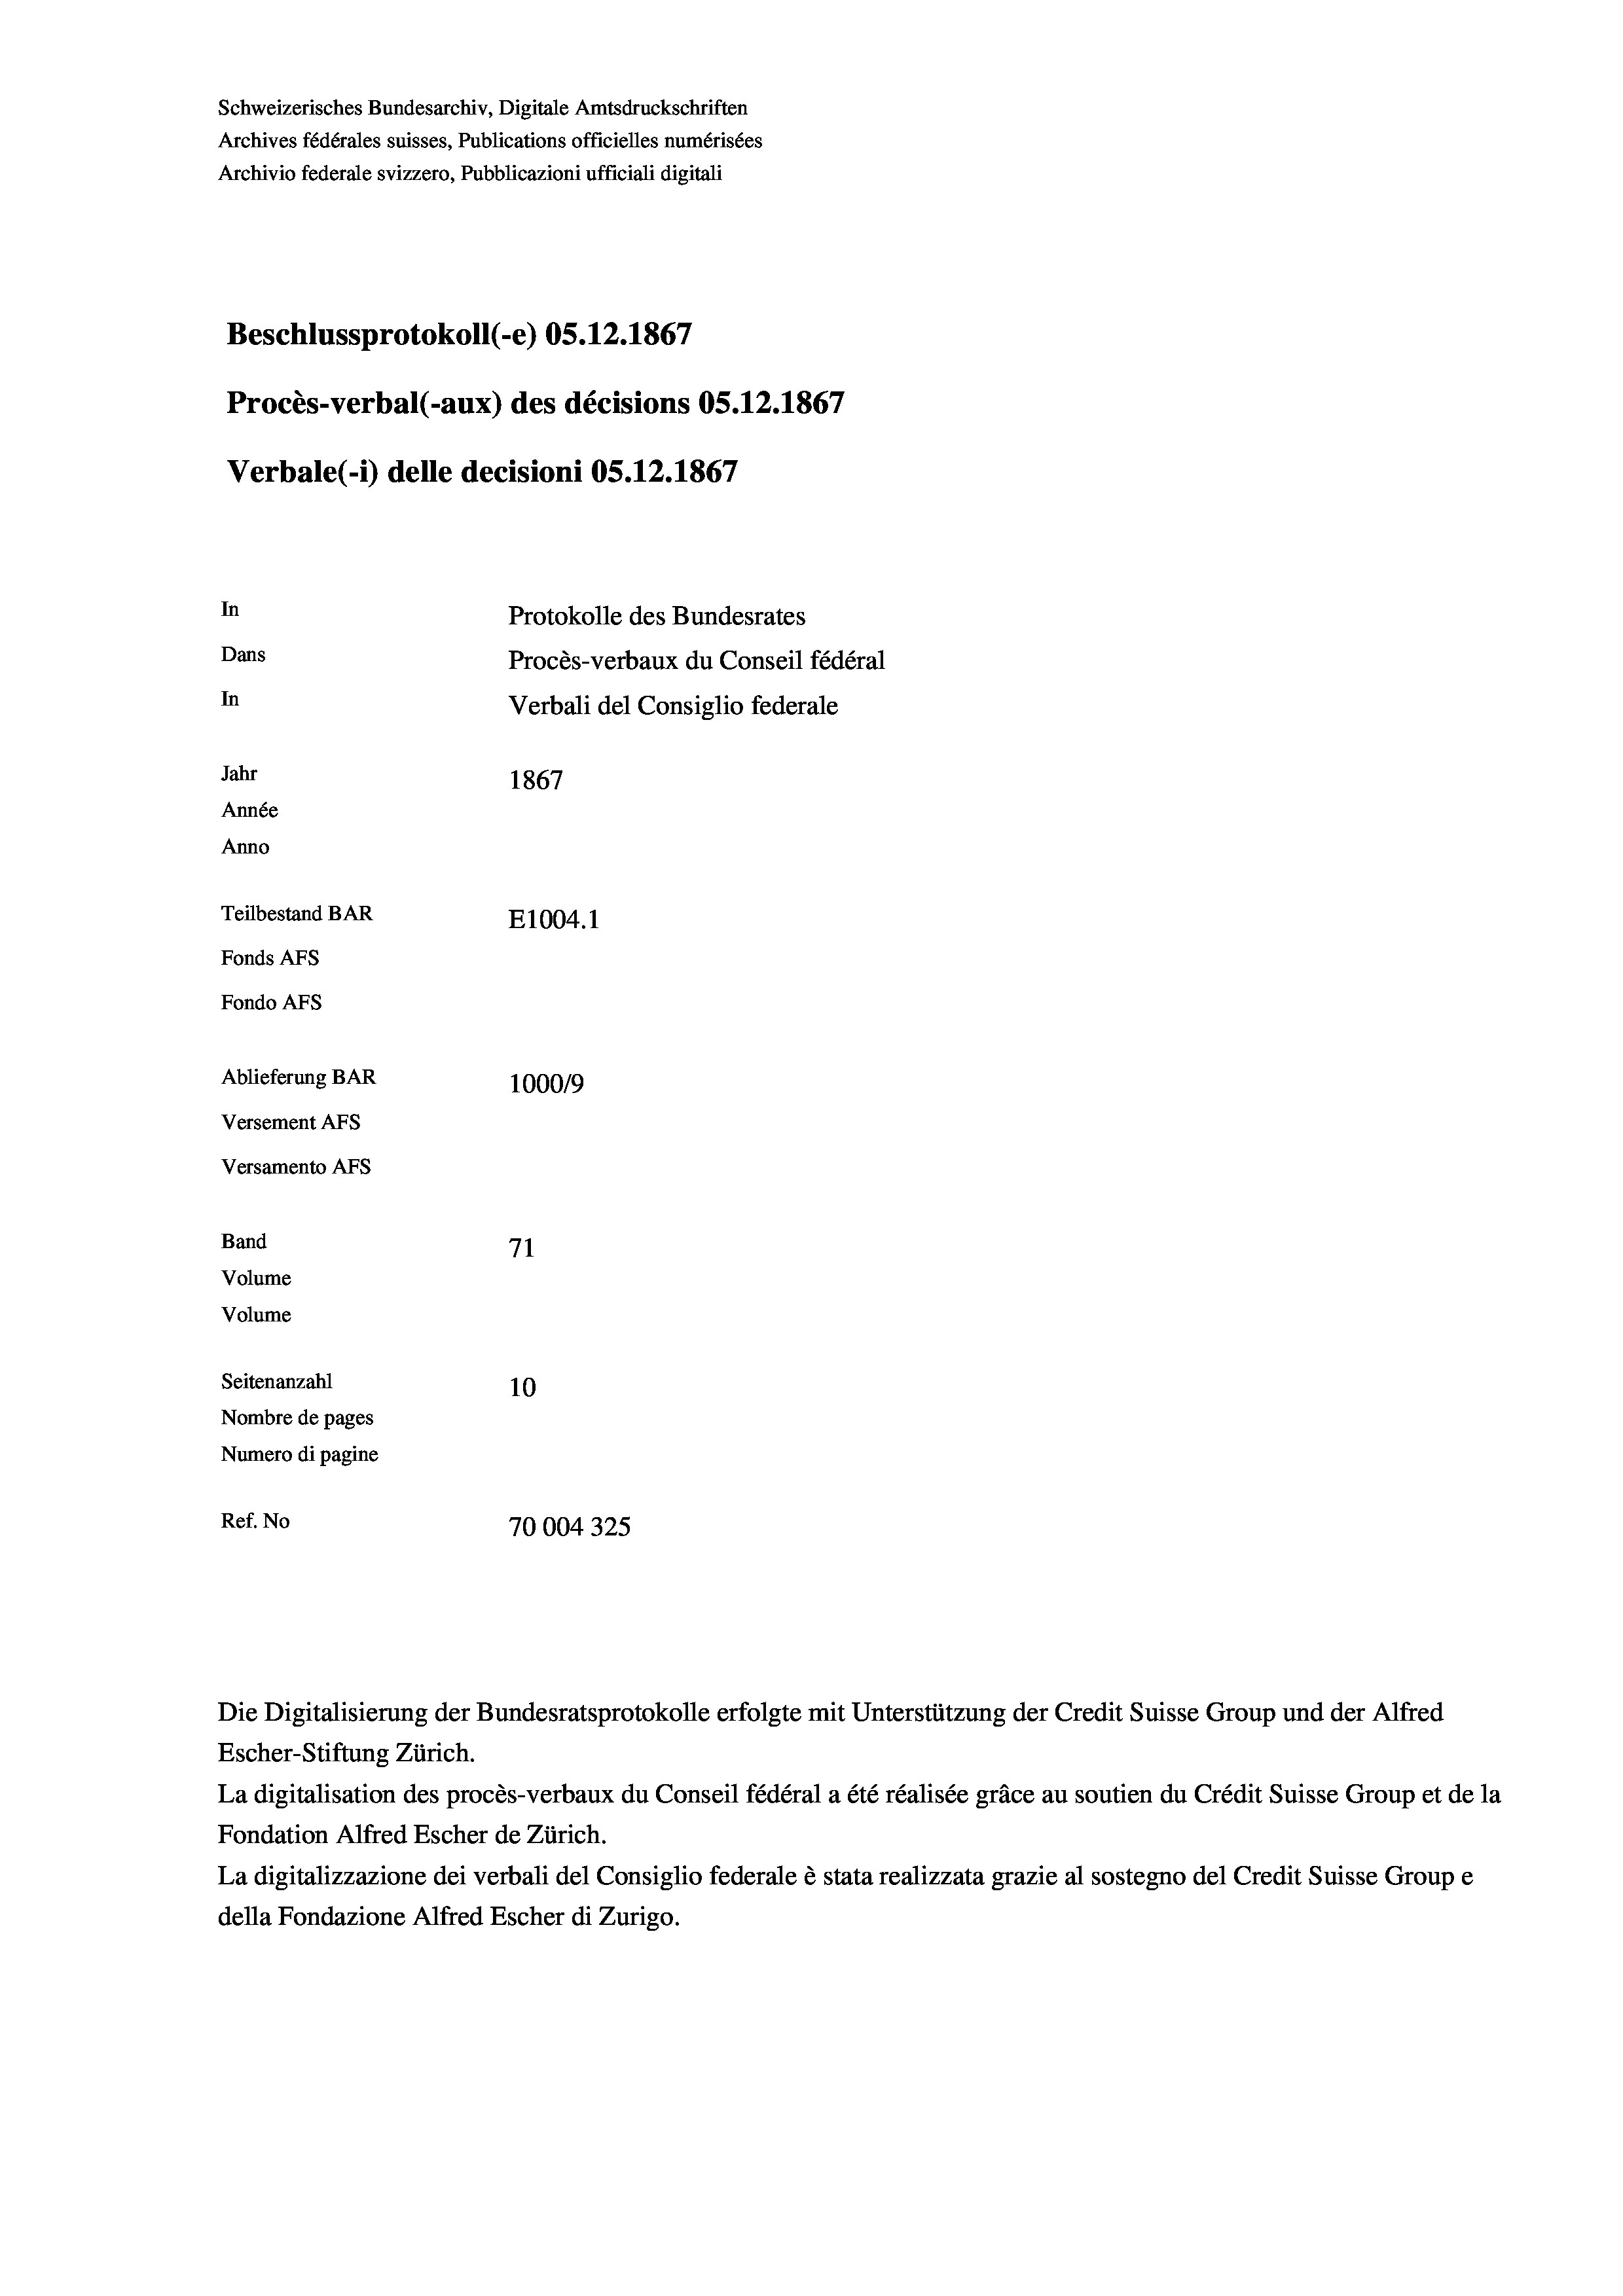
Schweizerisches Bundesarchiv, Digitale Amtsdruckschriften
Archives fédérales suisses, Publications officielles numérisées
Archivio federale svizzero, Pubblicazioni ufficiali digitali
Beschlussprotokoll (-e) OS. 12. 1867
Procès-verbal (-aux) des décisions OS.12.1867
Verbale (- 1) delle decisioni OS.12.1867
In
Protokolle des Bundesrates
Dans
Procès-verbaux du Conseil fédéral
In
Verbali del Consiglio federale
Jahr
1867
Année
Anno
Teilbestand BAR
E1004.1
Fonds AFs
Fondo AFs
Ablieferung BAR
1000/9
Versement Abs
Versamento Afs
Band
71
Volume
Volume
Seitenanzahl
10

Nombre de pages
Numero di pagine
Ref. No
70004325

Escher-Stiftung Zürich.
La digitalisation des procès-verbaux du Conseil fédéral a été réalisée gräce au soutien du Crédit Suisse Group et de la
Fondation Alfred Escher de Zürich.
La digitalizzazione dei verbali del Consiglio federale è stata realizzata grazie al sostegno del Credit Suisse Groupe
della Fondazione Alfred Escher di Zurigo.

Die Digitalisierung der Bundesratsprotokolle erfolgte mit Unterstützung der Credit Suisse Group und der Alfred